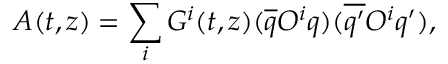
A ( t , z ) = \sum _ { i } G ^ { i } ( t , z ) ( \overline { { { q } } } O ^ { i } q ) ( \overline { { { q ^ { \prime } } } } O ^ { i } q ^ { \prime } ) ,